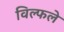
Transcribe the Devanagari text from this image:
विल्फले